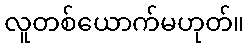
လူတစ်ယောက်မဟုတ်။